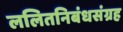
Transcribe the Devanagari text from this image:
ललितनिबंधसंग्रह